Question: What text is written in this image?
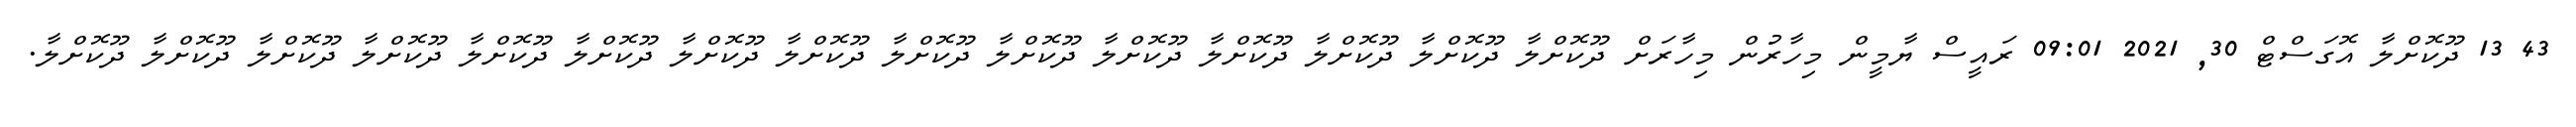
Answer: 43 13 ދޫކޮށްލާ އޮގަސްޓް 30, 2021 09:01 ރައީސް ޔާމީން މިހާރުން މިހާރަށް ދޫކޮށްލާ ދޫކޮށްލާ ދޫކޮށްލާ ދޫކޮށްލާ ދޫކޮށްލާ ދޫކޮށްލާ ދޫކޮށްލާ ދޫކޮށްލާ ދޫކޮށްލާ ދޫކޮށްލާ ދޫކޮށްލާ ދޫކޮށްލާ ދޫކޮށްލާ ދޫކޮށްލާ ދޫކޮށްލާ.